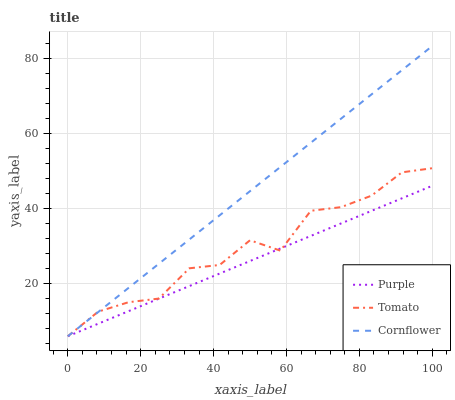
| xaxis_label | Purple | Tomato | Cornflower |
 | --- | --- | --- | --- |
 | 0 | 6 | 6 | 6 |
 | 8.33 | 9.34 | 12.5 | 12.4 |
 | 16.7 | 12.7 | 15.1 | 18.9 |
 | 25 | 16 | 16 | 25.3 |
 | 33.3 | 19.4 | 24.1 | 31.8 |
 | 41.7 | 22.7 | 25 | 38.2 |
 | 50 | 26 | 31.6 | 44.6 |
 | 58.3 | 29.4 | 28.8 | 51.1 |
 | 66.7 | 32.7 | 39.4 | 57.5 |
 | 75 | 36 | 40.4 | 63.9 |
 | 83.3 | 39.4 | 43.4 | 70.4 |
 | 91.7 | 42.7 | 49.6 | 76.8 |
 | 100 | 46.1 | 50.7 | 83.3 |